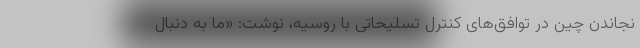
نجاندن چین در توافق‌های کنترل تسلیحاتی با روسیه، نوشت: «ما به دنبال